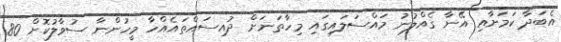
އެބަދާ ކަމަށާއި އޭނާ ގެއްލުނު މައްސަލައިގައި މިހާތަނަށް ދުއިސައްތައެއްހާ މީހުންނާ ސުވާލުކޮށް 80